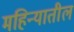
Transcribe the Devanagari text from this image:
महिन्‍यातील